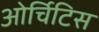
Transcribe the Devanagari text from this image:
ओर्चिटिस